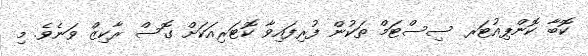
ކޮބާ ކޮންޕިއުޓަރ ސިސްޓަމް ތަކުން ފުރިފައިވާ ކޮޓަރިއަކަށް ގޮސް ރާކިޒް ވަނެވެ. މި